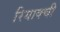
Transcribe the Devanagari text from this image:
रियाक्ची